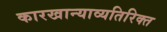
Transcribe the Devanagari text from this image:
कारखान्याव्यतिरिक्त